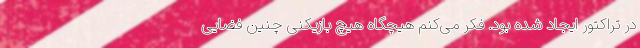
در تراکتور ایجاد شده بود. فکر می‌کنم هیچگاه هیچ بازیکنی چنین فضایی